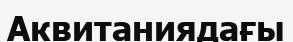
Аквитаниядағы